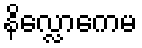
နိလ္လောကေမ